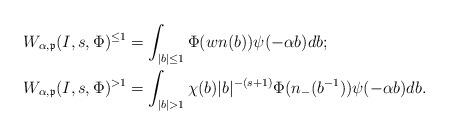
LaTeX: \begin{align*}W_{\alpha,\mathfrak{p}}(I,s,\Phi)^{\leq 1} & = \int_{\vert b\vert\leq 1}\Phi(wn(b))\psi(-\alpha b)db;\\W_{\alpha,\mathfrak{p}}(I,s,\Phi)^{> 1} &= \int_{\vert b\vert > 1}\chi(b)\vert b\vert^{-(s+1)}\Phi(n_{-}(b^{-1}))\psi(-\alpha b)db.\end{align*}